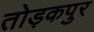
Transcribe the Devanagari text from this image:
तोड़कपुर